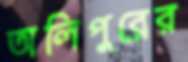
অলিপুরের